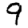
Digit: 9